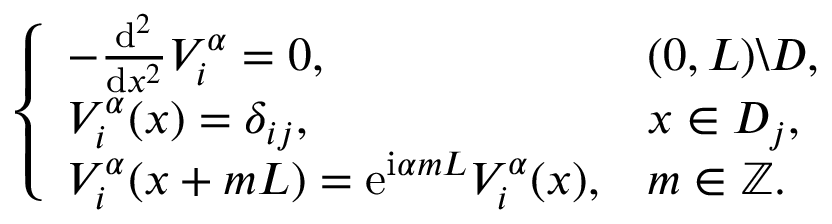
\left\{ \begin{array} { l l } { - \frac { \mathrm { d } ^ { 2 } } { \mathrm { d } x ^ { 2 } } V _ { i } ^ { \alpha } = 0 , } & { ( 0 , L ) \backslash D , } \\ { V _ { i } ^ { \alpha } ( x ) = \delta _ { i j } , } & { x \in D _ { j } , } \\ { V _ { i } ^ { \alpha } ( x + m L ) = \mathrm { e } ^ { \mathrm { i } \alpha m L } V _ { i } ^ { \alpha } ( x ) , } & { m \in \mathbb { Z } . } \end{array} \right.